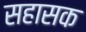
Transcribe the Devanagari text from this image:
सहासक